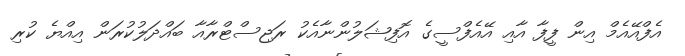
އެފްއޭއެމް އިން ފީފާ އާއި އޭއެފްސީގެ އޮފިޝަލުންނާއެކު ރަޖިސްޓްރާއާ ބައްދަލުކުރަން އިއްޔެ ކުރި